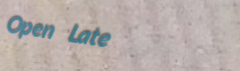
Open Late